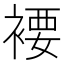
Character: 䙅